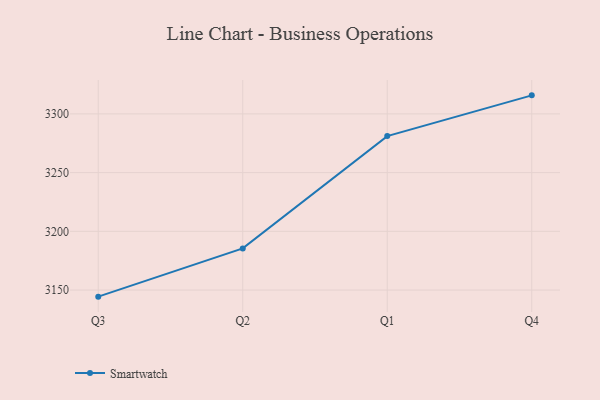
{"axis": {"x": "Quarter", "y": "Operating Costs (USD K)"}, "legend": ["Smartwatch"], "data": [{"x": "Q3", "y": 3144.4, "type": "Smartwatch"}, {"x": "Q2", "y": 3185.5, "type": "Smartwatch"}, {"x": "Q1", "y": 3281.1, "type": "Smartwatch"}, {"x": "Q4", "y": 3315.8, "type": "Smartwatch"}]}